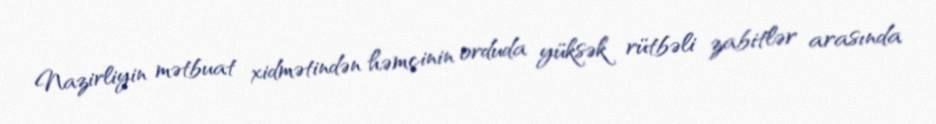
Nazirliyin mətbuat xidmətindən həmçinin orduda yüksək rütbəli zabitlər arasında